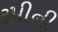
રૂપીની